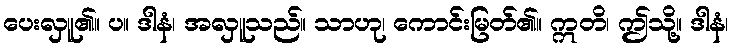
ပေးလှူ၏။ ပ။ ဒါနံ၊ အလှူသည်။ သာဟု၊ ကောင်းမြတ်၏။ ဣတိ၊ ဤသို့။ ဒါနံ၊